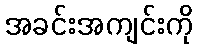
အခင်းအကျင်းကို